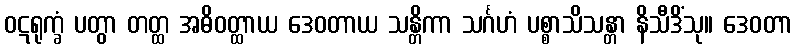
ဝဋရုက္ခံ ပတွာ တတ္ထ အဓိဝတ္ထာယ ဒေဝတာယ သန္တိကာ သင်္ဂဟံ ပစ္စာသိသန္တာ နိသီဒိံသု။ ဒေဝတာ